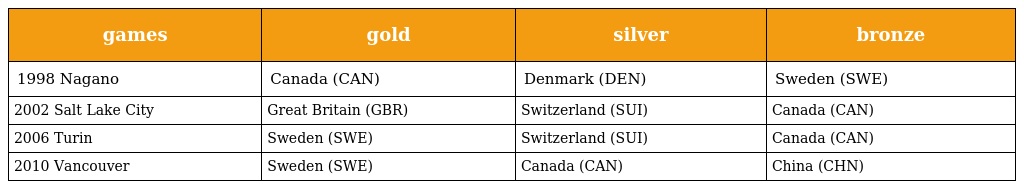
| games | gold | silver | bronze |
 | --- | --- | --- | --- |
 | 1998 Nagano | Canada (CAN) | Denmark (DEN) | Sweden (SWE) |
 | 2002 Salt Lake City | Great Britain (GBR) | Switzerland (SUI) | Canada (CAN) |
 | 2006 Turin | Sweden (SWE) | Switzerland (SUI) | Canada (CAN) |
 | 2010 Vancouver | Sweden (SWE) | Canada (CAN) | China (CHN) |